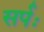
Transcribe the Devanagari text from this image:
सर्पः